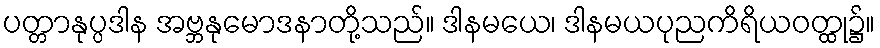
ပတ္တာနုပ္ပဒါန အဗ္ဘနုမောဒနာတို့သည်။ ဒါနမယေ၊ ဒါနမယပုညကိရိယဝတ္ထု၌။